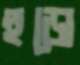
হুড়ো